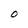
Character: O